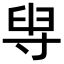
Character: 𡬯